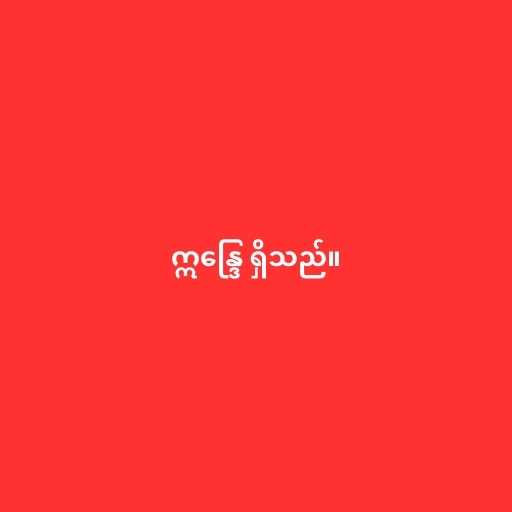
ဣန္ဒြေ ရှိသည်။